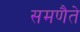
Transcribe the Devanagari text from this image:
समणैते